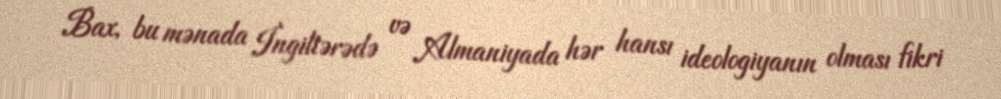
Bax, bu mənada İngiltərədə və Almaniyada hər hansı ideologiyanın olması fikri